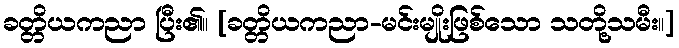
ခတ္တိယကညာ ပြီး၏။ [ခတ္တိယကညာ-မင်းမျိုးဖြစ်သော သတို့သမီး။]